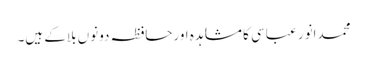
محمدانور عباسی کا مشاہدہ اورحافظہ دونوں بلاکے ہیں۔